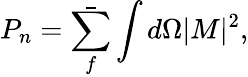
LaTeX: P_{n}=\bar{\sum_{f}}\int d\Omega|M|^{2},